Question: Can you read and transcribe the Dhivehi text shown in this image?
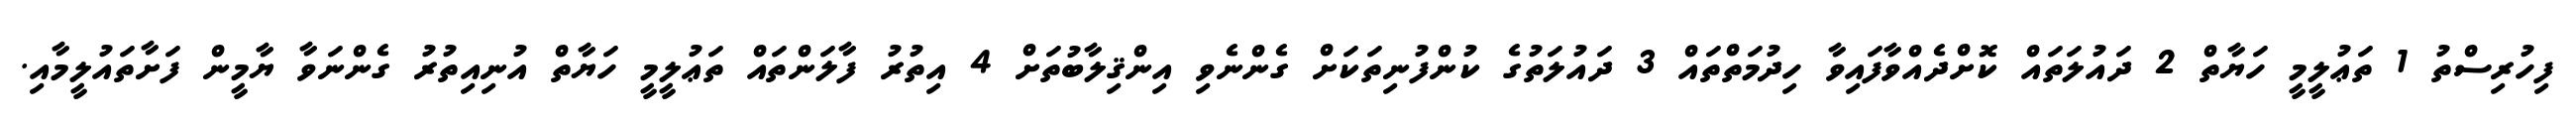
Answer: ފިހުރިސްތު 1 ތަޢުލީމީ ހަޔާތް 2 ދައުލަތައް ކޮށްދެއްވާފައިވާ ހިދުމަތްތައް 3 ދައުލަތުގެ ކުންފުނިތަކަށް ގެންނެވި އިންޤިލާބުތަށް 4 އިތުރު ފާލަންތައް ތަޢުލީމީ ހަޔާތް އުނިއިތުރު ގެންނަވާ ޔާމީން ފަށާތައުލީމާއި.